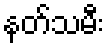
နတ်သမီး